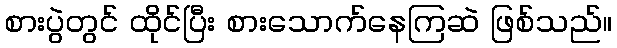
စားပွဲတွင် ထိုင်ပြီး စားသောက်နေကြဆဲ ဖြစ်သည်။